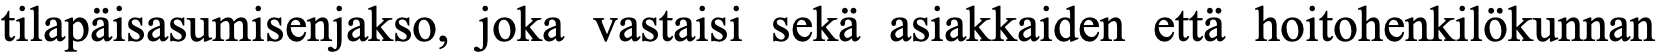
tilapäisasumisenjakso, joka vastaisi sekä asiakkaiden että hoitohenkilökunnan